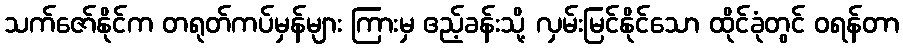
သက်ဇော်နိုင်က တရုတ်ကပ်မှန်များ ကြားမှ ဧည့်ခန်းသို့ လှမ်းမြင်နိုင်သော ထိုင်ခုံတွင် ဝရန်တာ